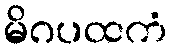
မိဂပထကံ